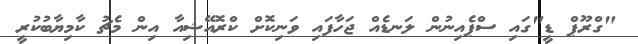
"ގްރޫޕް ޑީ"ގައި ސްޕެއިނުން ލަނޑެއް ޖަހާފައި ވަނިކޮށް ކްރޮއޭޝިއާ އިން މެޗު ކާމިޔާބުކުރީ